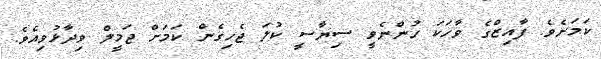
ކަމަށެވެ. ފާއިޒްގެ ވާހަކަ ހުންނެވީ ސިޔާސީ ކުލަ ޖެހިގެން ކަމަށް ޖަމީލް ވިދާޅުވިއެވެ.